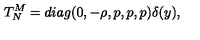
T _ { N } ^ { M } = d i a g ( 0 , - \rho , p , p , p ) \delta ( y ) ,